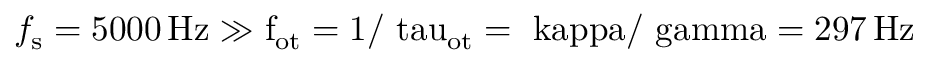
f _ { \mathrm { s } } = 5 0 0 0 \, \mathrm { { H z } \gg f _ { \mathrm { o t } } = 1 / \ t a u _ { \mathrm { o t } } = \ k a p p a / \ g a m m a = 2 9 7 \, \mathrm { { H z } } }